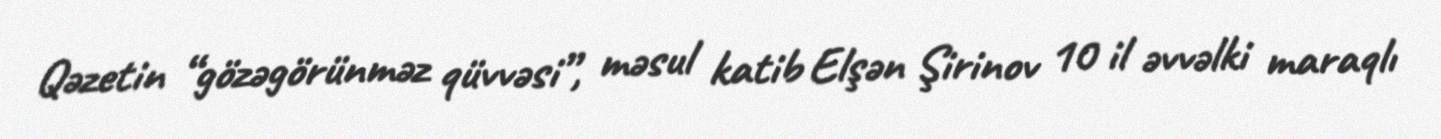
Qəzetin “gözəgörünməz qüvvəsi”, məsul katib Elşən Şirinov 10 il əvvəlki maraqlı